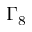
\Gamma _ { 8 }